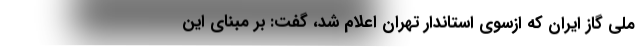
ملی گاز ایران که ازسوی استاندار تهران اعلام شد، گفت: بر مبنای این